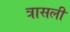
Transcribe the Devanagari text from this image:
त्रासली